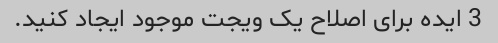
3 ایده برای اصلاح یک ویجت موجود ایجاد کنید.